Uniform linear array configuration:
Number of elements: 24
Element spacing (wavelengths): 0.75
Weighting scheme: uniform
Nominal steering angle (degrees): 60
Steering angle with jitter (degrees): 60.252
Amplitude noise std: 0.05
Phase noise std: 0.05

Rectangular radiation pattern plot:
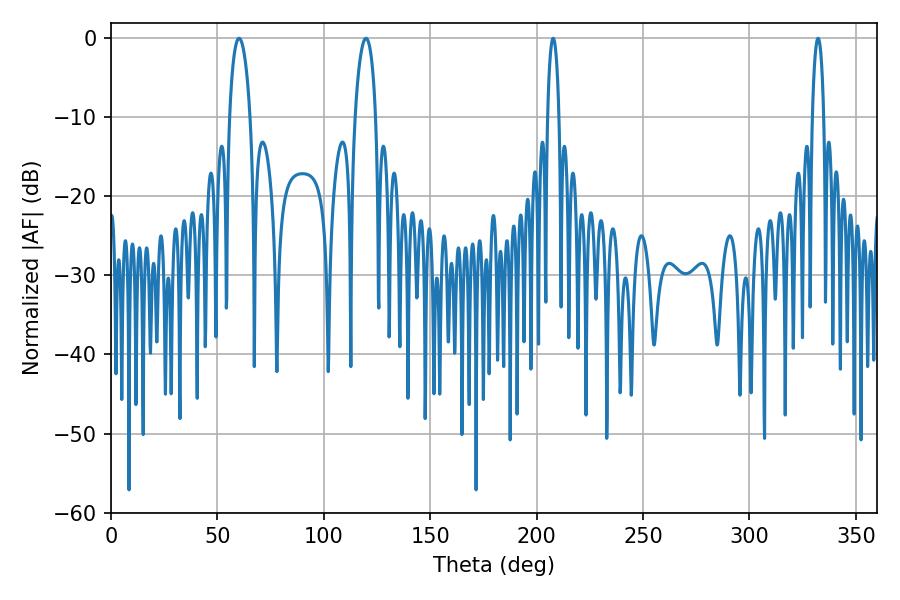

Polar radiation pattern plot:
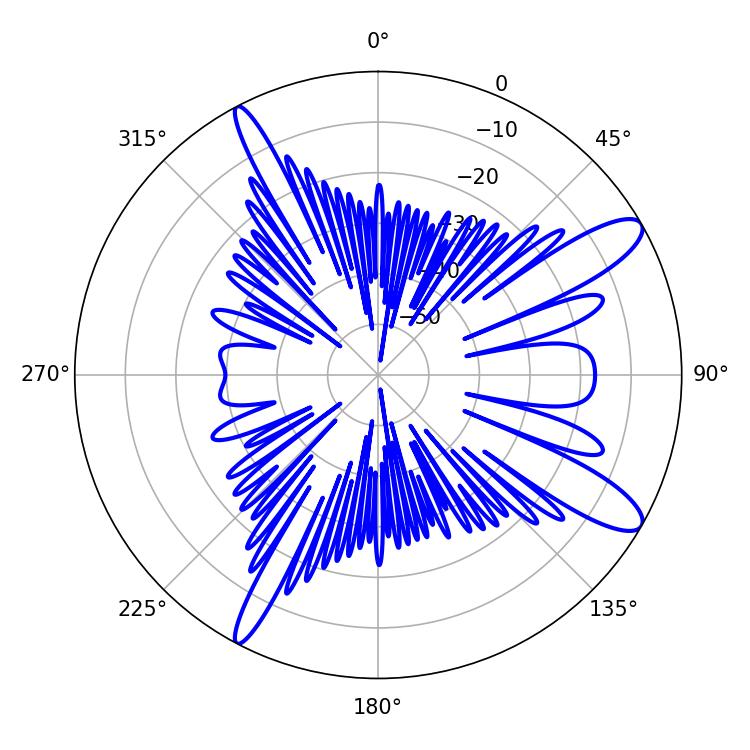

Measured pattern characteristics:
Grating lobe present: TRUE
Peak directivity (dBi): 11.683
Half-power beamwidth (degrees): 5.4
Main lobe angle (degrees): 119.88